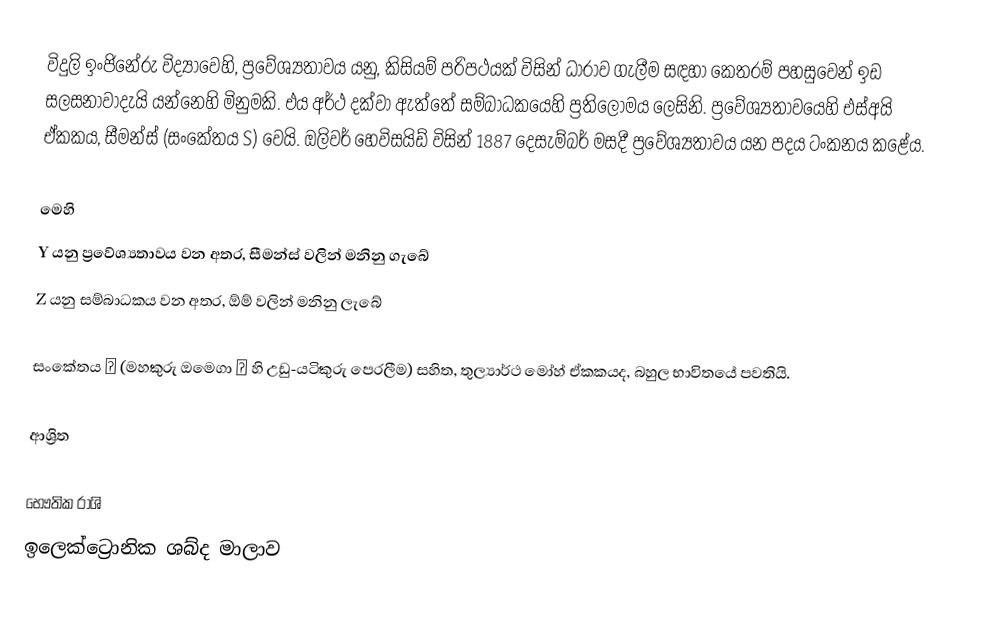
විදුලි ඉංජිනේරු විද්‍යාවෙහි, ප්‍රවේශ්‍යතාවය යනු, කිසියම් පරිපථයක් විසින් ධාරාව ගැලීම සඳහා ‍කෙතරම් පහසුවෙන් ඉඩ සලසනාවාදැයි යන්නෙහි මිනුමකි. එය අර්ථ දක්වා ඇත්තේ  සම්බාධකයෙහි ප්‍රතිලෝමය ලෙසිනි. ප්‍රවේශ්‍යතාවයෙහි  එස්අයි ඒකකය,  සීමන්ස් (සංකේතය  S) වෙයි. ඔලිවර් හෙවිසයිඩ් විසින් 1887 දෙසැම්බර් මසදී ප්‍රවේශ්‍යතාවය යන පදය ටංකනය කළේය.

මෙහි
Y යනු ප්‍රවේශ්‍යතාවය වන අතර, සීමන්ස් වලින් මනිනු ගැබේ
Z යනු සම්බාධකය වන අතර, ඕම් වලින් මනිනු ලැබේ

සංකේතය  ℧ (මහකුරු ඔමෙගා  Ω හි උඩු-යටිකුරු පෙරලීම) සහිත, තුල්‍යාර්ථ මෝහ් ඒකකයද, බහුල භාවිතයේ පවතියි.

ආශ්‍රිත

භෞතික රාශි
ඉලෙක්ට්‍රොනික ශබ්ද මාලාව